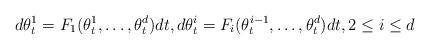
LaTeX: \begin{align*} d \theta_t^1 = F_1(\theta_t^1, \hdots, \theta_t^d) d t, d \theta_t^i = F_i(\theta_t^{i-1}, \hdots, \theta_t^d) d t, 2 \leq i \leq d \end{align*}